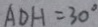
A D H = 3 0 ^ { \circ }